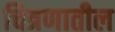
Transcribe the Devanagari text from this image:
चित्रणातील